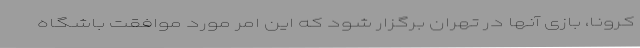
کرونا، بازی آنها در تهران برگزار شود که این امر مورد موافقت باشگاه